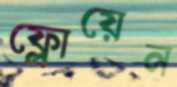
ফ্লোয়েন